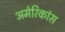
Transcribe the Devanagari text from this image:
अमेरिकांस